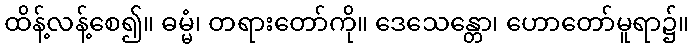
ထိန့်လန့်စေ၍။ ဓမ္မံ၊ တရားတော်ကို။ ဒေသေန္တော၊ ဟောတော်မူရာ၌။